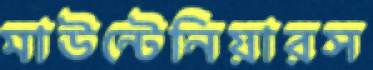
মাউন্টেনিয়ারস